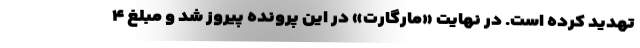
تهدید کرده است. در نهایت «مارگارت» در این پرونده پیروز شد و مبلغ ۴